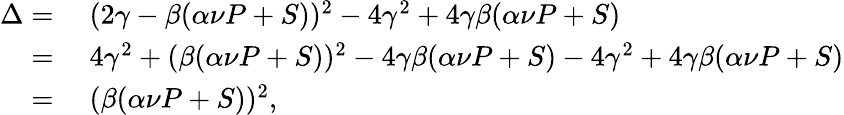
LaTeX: \begin{array}{rl}{\Delta=}&{\; (2\gamma-\beta(\alpha\nu P+S))^{2}-4\gamma^{2}+4\gamma\beta(\alpha\nu P+S)}\\ {=}&{\; 4\gamma^{2}+(\beta(\alpha\nu P+S))^{2}-4\gamma\beta(\alpha\nu P+S)-4\gamma^{2}+4\gamma\beta(\alpha\nu P+S)}\\ {=}&{\; (\beta(\alpha\nu P+S))^{2},}\end{array}